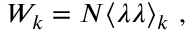
{ \cal W } _ { k } = N \langle \lambda \lambda \rangle _ { k } ~ ,